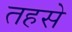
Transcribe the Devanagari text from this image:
तहसे